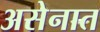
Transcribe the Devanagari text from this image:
असेनात